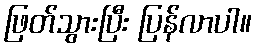
ဖြတ်သွားပြီး ပြန်လာပါ။